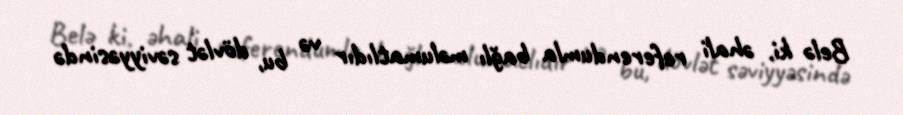
Belə ki, əhali referendumla bağlı məlumatlıdır və bu, dövlət səviyyəsində